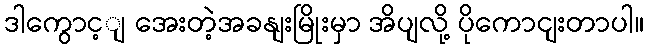
ဒါကွောင့ျ အေးတဲ့အခနျးမြိုးမှာ အိပျလို့ ပိုကောငျးတာပါ။